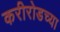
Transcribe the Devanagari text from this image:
करीरोडच्या